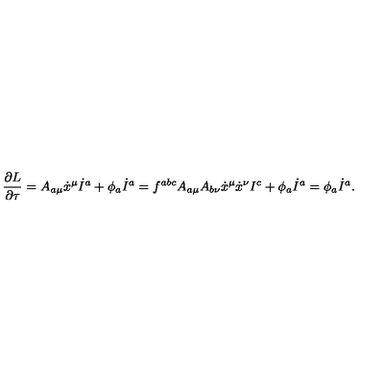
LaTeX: \frac { \partial L } { \partial \tau } = A _ { a \mu } \dot { x } ^ { \mu } \dot { I } ^ { a } + \phi _ { a } \dot { I } ^ { a } = f ^ { a b c } A _ { a \mu } A _ { b \nu } \dot { x } ^ { \mu } \dot { x } ^ { \nu } I ^ { c } + \phi _ { a } \dot { I } ^ { a } = \phi _ { a } \dot { I } ^ { a } .